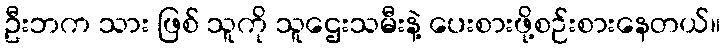
ဦးဘက သား ဖြစ် သူကို သူဌေးသမီးနဲ့ ပေးစားဖို့စဉ်းစားနေတယ်။